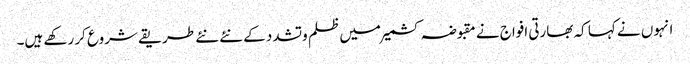
انہوں نے کہا کہ بھارتی افواج نے مقبوضہ کشمیر میں ظلم وتشدد کے نئے نئے طریقے شروع کر رکھے ہیں۔